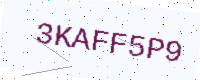
Text: 3KAFF5P9